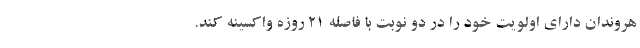
هروندان دارای اولویت خود را در دو نوبت با فاصله 21 روزه واکسینه کند.